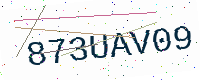
Text: 873UAV09